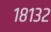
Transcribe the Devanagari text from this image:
१८१३२